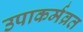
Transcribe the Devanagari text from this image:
उपाकर्मव्रत